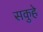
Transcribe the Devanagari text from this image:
सकुहे